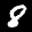
Label: 8